Bréfritari: Sigríður Pálsdóttir
Viðtakandi: Páll Pálsson
Dagsetning: A-1862-02-25
Skrifað á: Breiðabólsstað  Rang.
Páll var bróðir Sigríðar

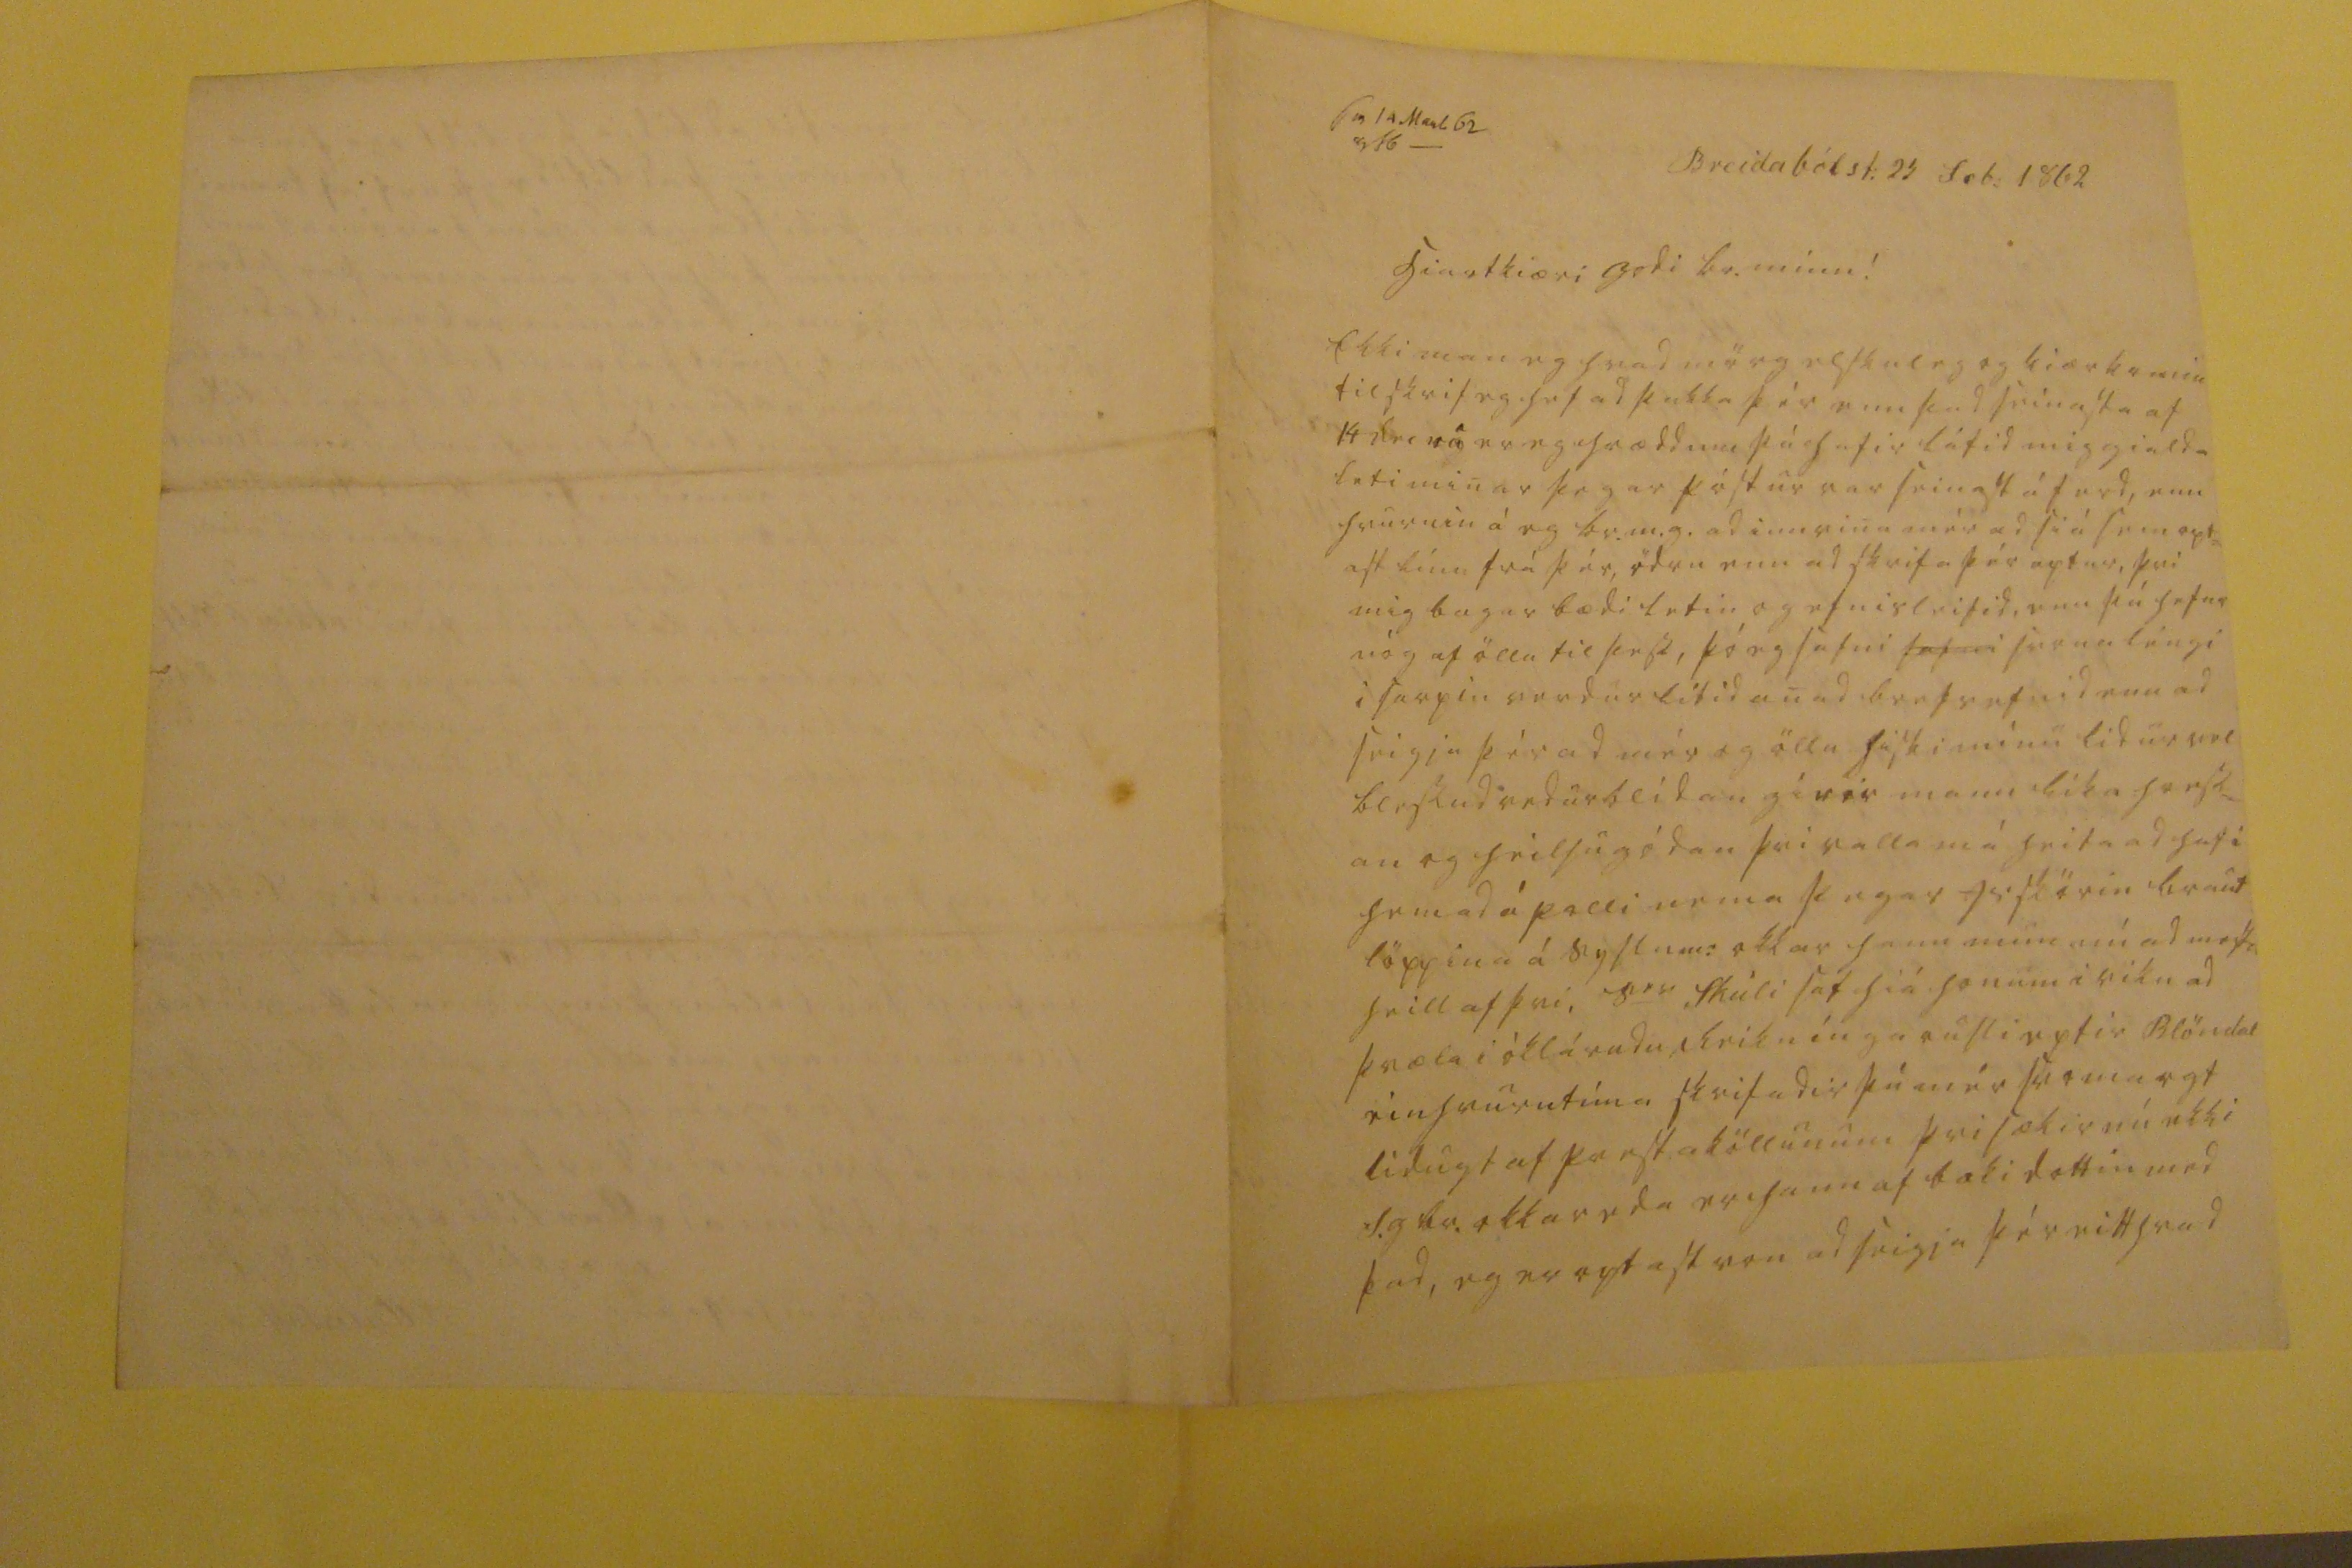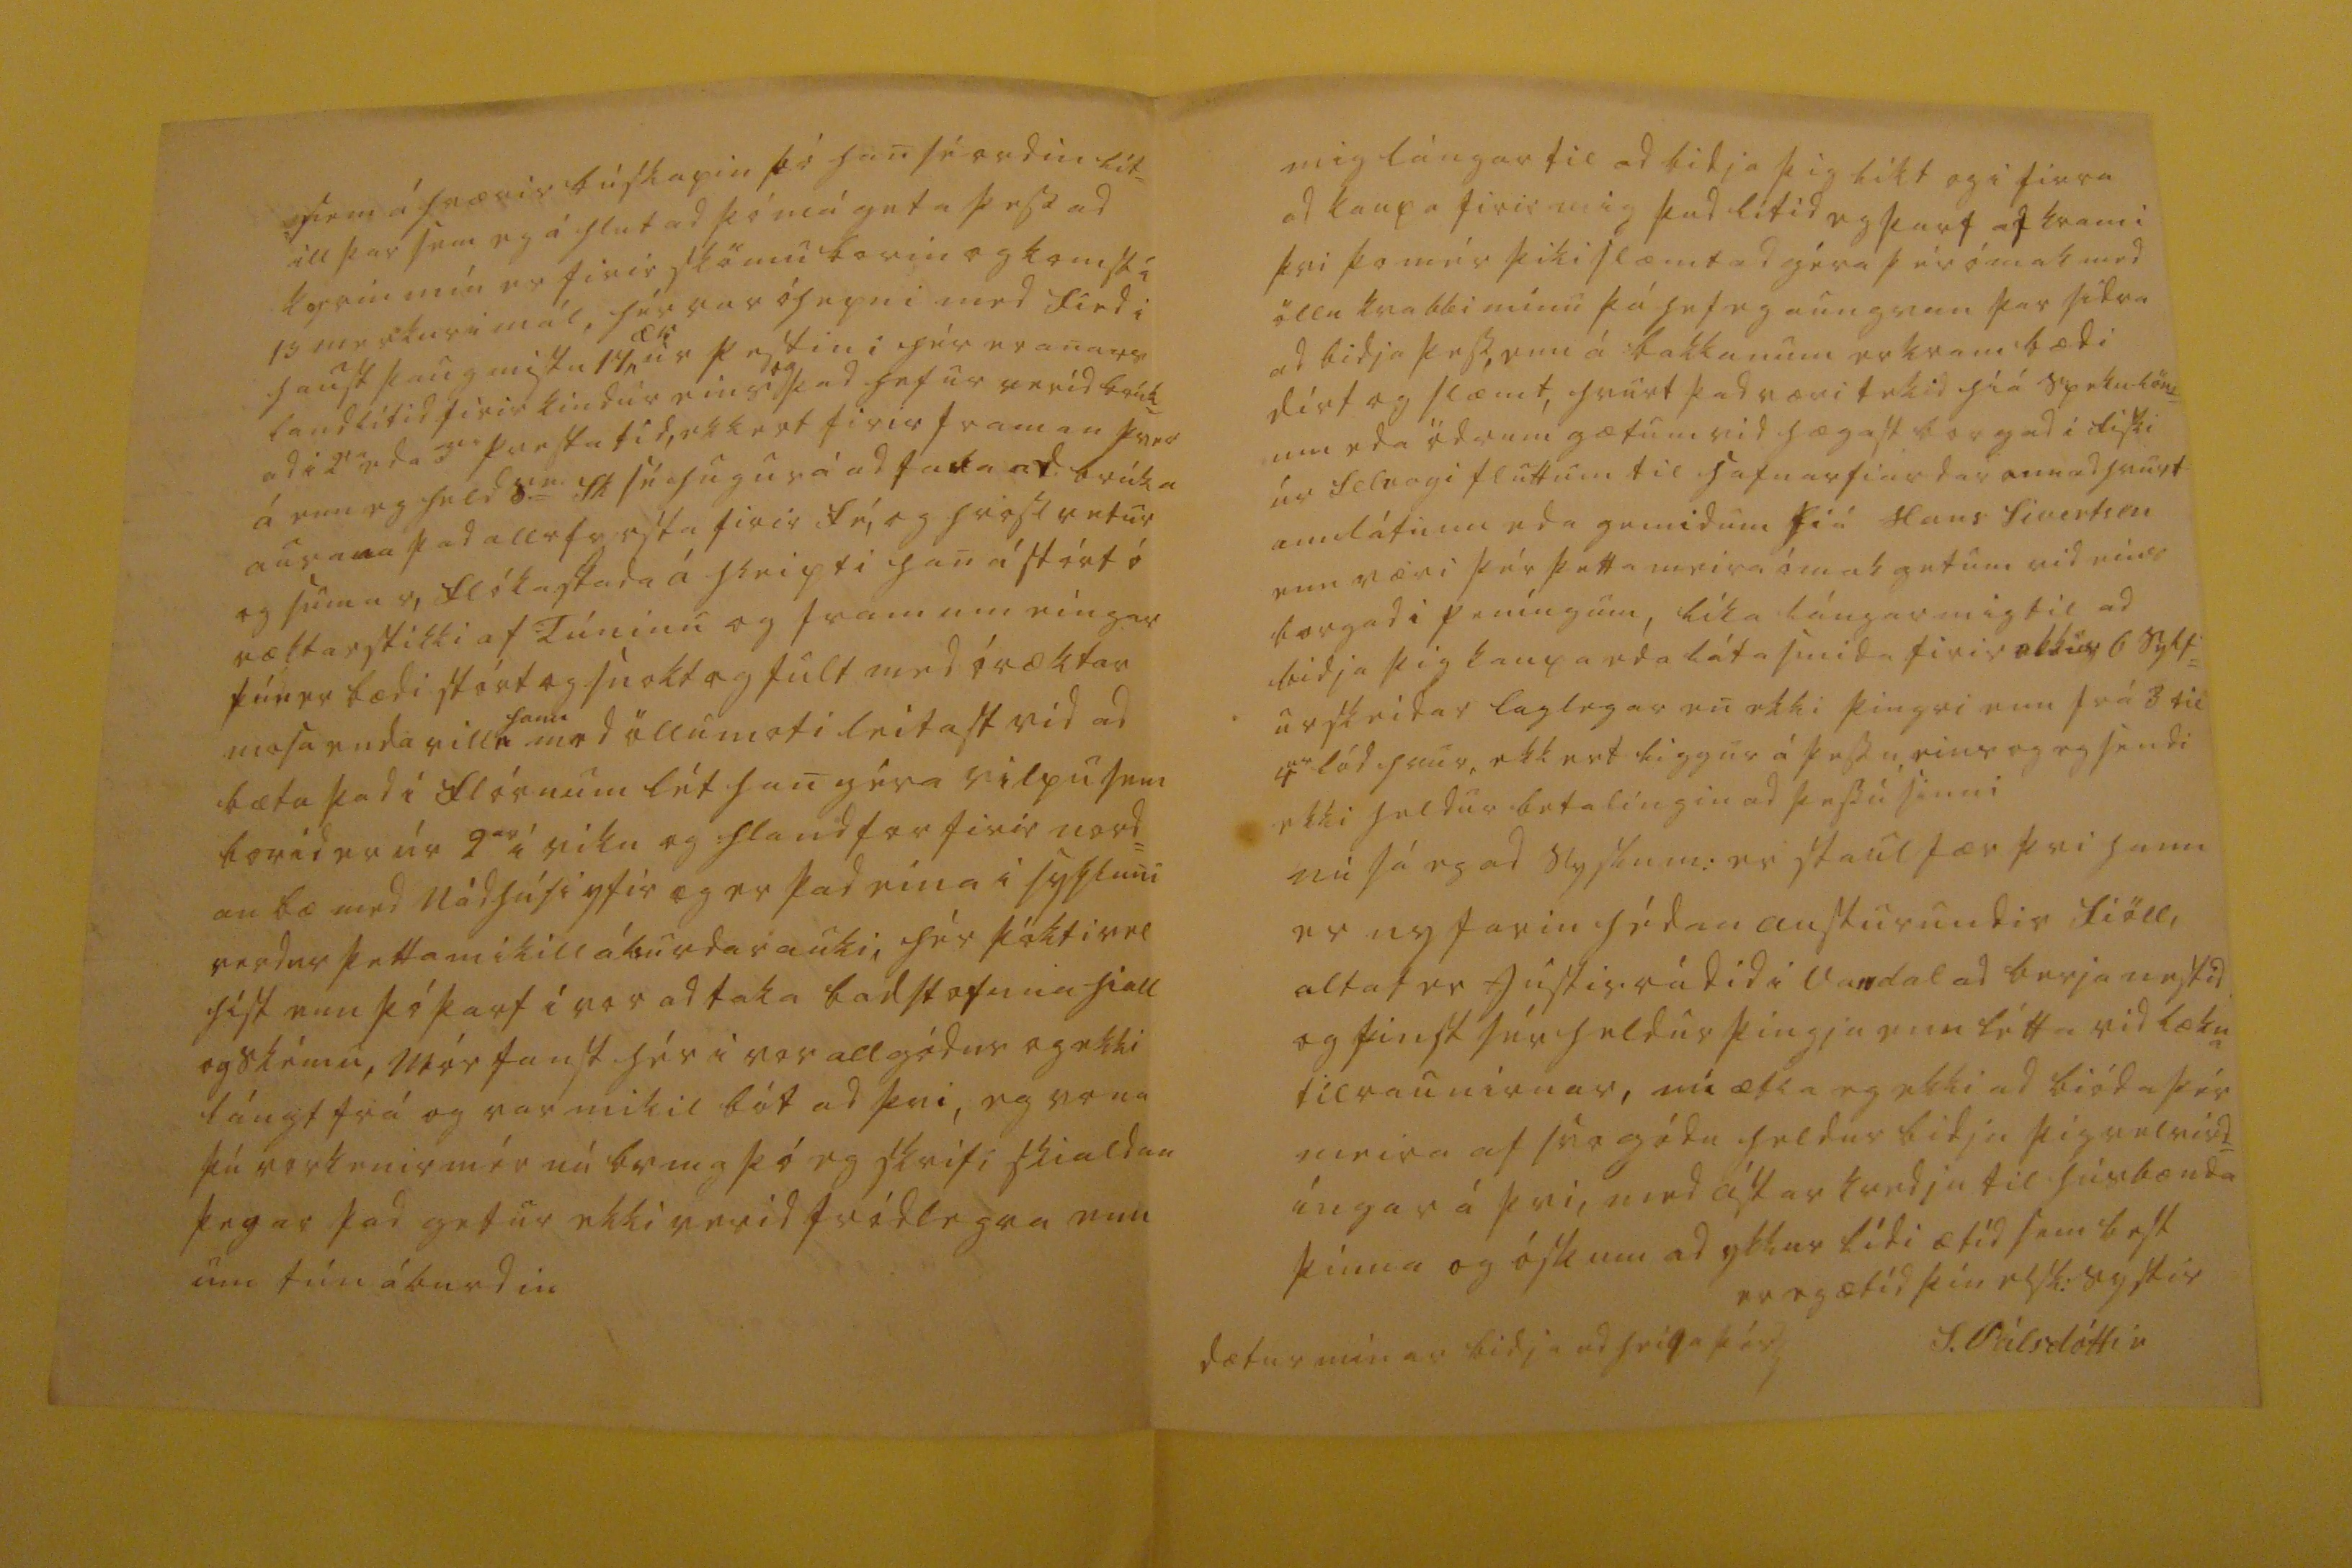

sv 14 Mars 62 00 16 _
Breidabólst: 25 feb: 1862
hiartkiæri godi br. minn!
Ekki man eg hvad mörg elskuleg og kiærkomin tilskrif eg hef ad þakka þér enn þad seinasta af 14 dec nu er eg hræddur þú hefir látid mig gialda leti minar þegar póstur var seinast á ferd, enn hvurnin á eg br.m.g. ad innvina mér ad siá sem opt= ast línu frá þér, ödru enn ad skrifa þér aptur, þvi mig bagar bædi letin og efnislei
s
id, enn þú hefur nóg af öllu til þess, þó eg safni
safni
svona léngi i sarpin verdur litid anad brefsefnid enn ad seigja þér ad mér og öllu hiski mínu lidur vel bessud vedurblidan gérir mann lika hress= an og heilsugódan þvi valla má heita ad hafi hemad á palli nema þegar
0rskörin
braut löppina á syslum: okkar hann mun nú ad mest
u
heill af þvi, s
er
Skúli sat hiá honum i viku ad þræta i óklárudu
reikníngarrusli
eptir Blöndal einhvurntíma skrifadir þú mér svo margt lidugt af prestaköllunum þvi sækir nú ekki S.g br. okkar eda er hann af baki dottin med þad, eg er optast von ad seigja þér eitthvad
sem á hrærir búskapin þó han sé ordin lít= ill þar sem eg á hlut ad þó má geta þess ad
k00in
mín er firir skömu borin og komst á 15 merkur i mál, hér var óhepni med fied i haust þaug mistu 17
ær
ur pestini hér er anars land lítid firir kindur eins
og
þad hefur verid brúk= ad i 2
00
eda 3
00
prestatid, ekkert firir framan
þve0
á enn eg held s
00
Sk sé hugur á ad taka ad brúka aurana þad all
rfresta
firir fé, og hross vetur og sumar, flókastada á hleipti han á stórt ó vættarstikki af túninu og fram um eingar tún er bædi stórt og snokt og fult med óræktar mosa enda vill
hann
med öllu moti leitast vid ad bæta þad i flórnum lét han géra vilpu sem borid er úr 2
ar
i viku og hlandfor firir nord= an bæ med nádhúsi yfir og er þad eina i sysluni verdur þetta mikill áburdarauki, hér þókti vel híst enn þó þarf i vor ad taka badstofuna hiall og skému, mér fanst hér i vor allgódur og ekki lángt frá og var mikil bót ad þvi, eg vona þú vorkenir mér nú br m g þó eg skrifi skialdan þegar þad getur ekki verid fródlegra enn um tún áburdin
mig lángar til ad bidja þig líkt og i firra ad kaupa firir mig þad lítid eg þarf af krami þvi þo mér þiki slæmt ad géra þér ómak med öllu kvakki mínu þá hef eg aungvan þar sidra ad bidja þess, enn á bakkanum er kram bædi dirt og slæmt, hvurt þad væri tekid hiá speku
löm=
um eda ödrum gætum vid hægast borgad i fiski úr selvogi fluttum til hafnarfiardar annad hvurt
annlát0nn eda g00idum
hiá Hans sivertsen enn væri þér þetta meira ómak getum vid eins borgad i peníngum, líka lángar mig til ad bidja þig kaupa eda láta smida firir okkur 6 sylf= urskeidar laglegar en ekki þingri enn frá 3 til 4
ur
lód hvur, ekkert liggur á þessu, eins og eg sendi ekki heldur betalíngin ad þessu sinni nú sá eg ad syslum: er staulfær þvi hann er nyfarin hédan austur undir fiöll, altaf er
0ustirrádid i Va0dal
ad berja nestid og finst sér heldur þingja enn létta vid lækna tilraunirnar, nú ætla eg ekki ad bióda þér meira af svo gódu heldur bidja þig velvird= íngar á þvi, med ástarkvedju til húsbænda þinna og óskum ad ykkur lídi ætíd sem best
er eg ætíd þín elsk: systir
S. Pálsdóttir
dætur mínar bidja ad heilsa þér